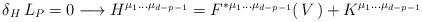
LaTeX: \begin{align*}\delta_H \, L_P=0\longrightarrow H^{\mu_1\dots\mu_{d-p-1}}= F^*{}^{ \mu_1\dots\mu_{d-p-1} }(\,V\, ) + K^{\mu_1\dots\mu_{d-p-1}} \end{align*}